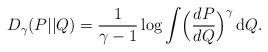
LaTeX: \begin{align*} D_\gamma(P || Q) = \frac{1}{\gamma-1} \log \int \Bigl( \frac{dP}{dQ} \Bigr)^\gamma \,\mathrm{d}Q.\end{align*}